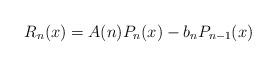
LaTeX: \begin{align*}R_n(x) = A(n) P_n(x) - b_n P_{n-1}(x)\end{align*}